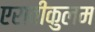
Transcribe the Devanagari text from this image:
एरावीकुलम